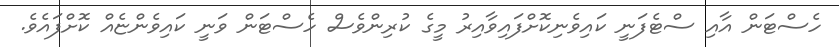
ހެސްޓަން އާއި ސްޓެފަނީ ކައިވެނިކޮށްފައިވާއިރު މީގެ ކުރިންވެސް ހެސްޓަން ވަނީ ކައިވެންޏެއް ކޮށްފައެވެ.